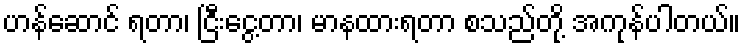
ဟန်ဆောင် ရတာ၊ ငြီးငွေ့တာ၊ မာနထားရတာ စသည်တို့ အကုန်ပါတယ်။